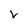
Character: v